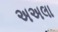
અઅલા